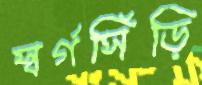
স্বর্গসিঁড়ি